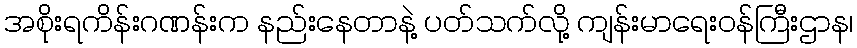
အစိုးရကိန်းဂဏန်းက နည်းနေတာနဲ့ ပတ်သက်လို့ ကျန်းမာရေးဝန်ကြီးဌာန၊